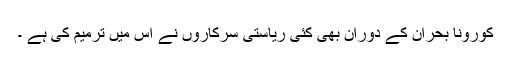
کورونا بحران کے دوران بھی کئی ریاستی سرکاروں نے اس میں ترمیم کی ہے ۔